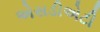
એસડીએટી